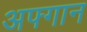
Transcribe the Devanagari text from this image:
अफ्गान